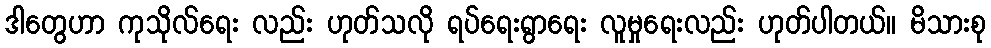
ဒါတွေဟာ ကုသိုလ်ရေး လည်း ဟုတ်သလို ရပ်ရေးရွာရေး လူမှုရေးလည်း ဟုတ်ပါတယ်။ မိသားစု